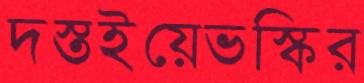
দস্তইয়েভস্কির